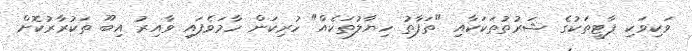
ވަކިވަކި ޕާޓީތަކުގެ ޝަރުތުތަކަކާއި "ތަފާތު ހިޔާލުތަކެއް" ހުރިކަން ހާމަވެފައި ވާއިރު އިބޫ ތަކުރާރުކޮށް